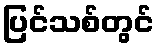
ပြင်သစ်တွင်